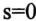
$$s=0$$